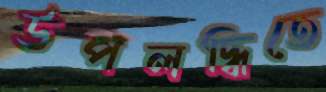
উপলদ্ধিতে